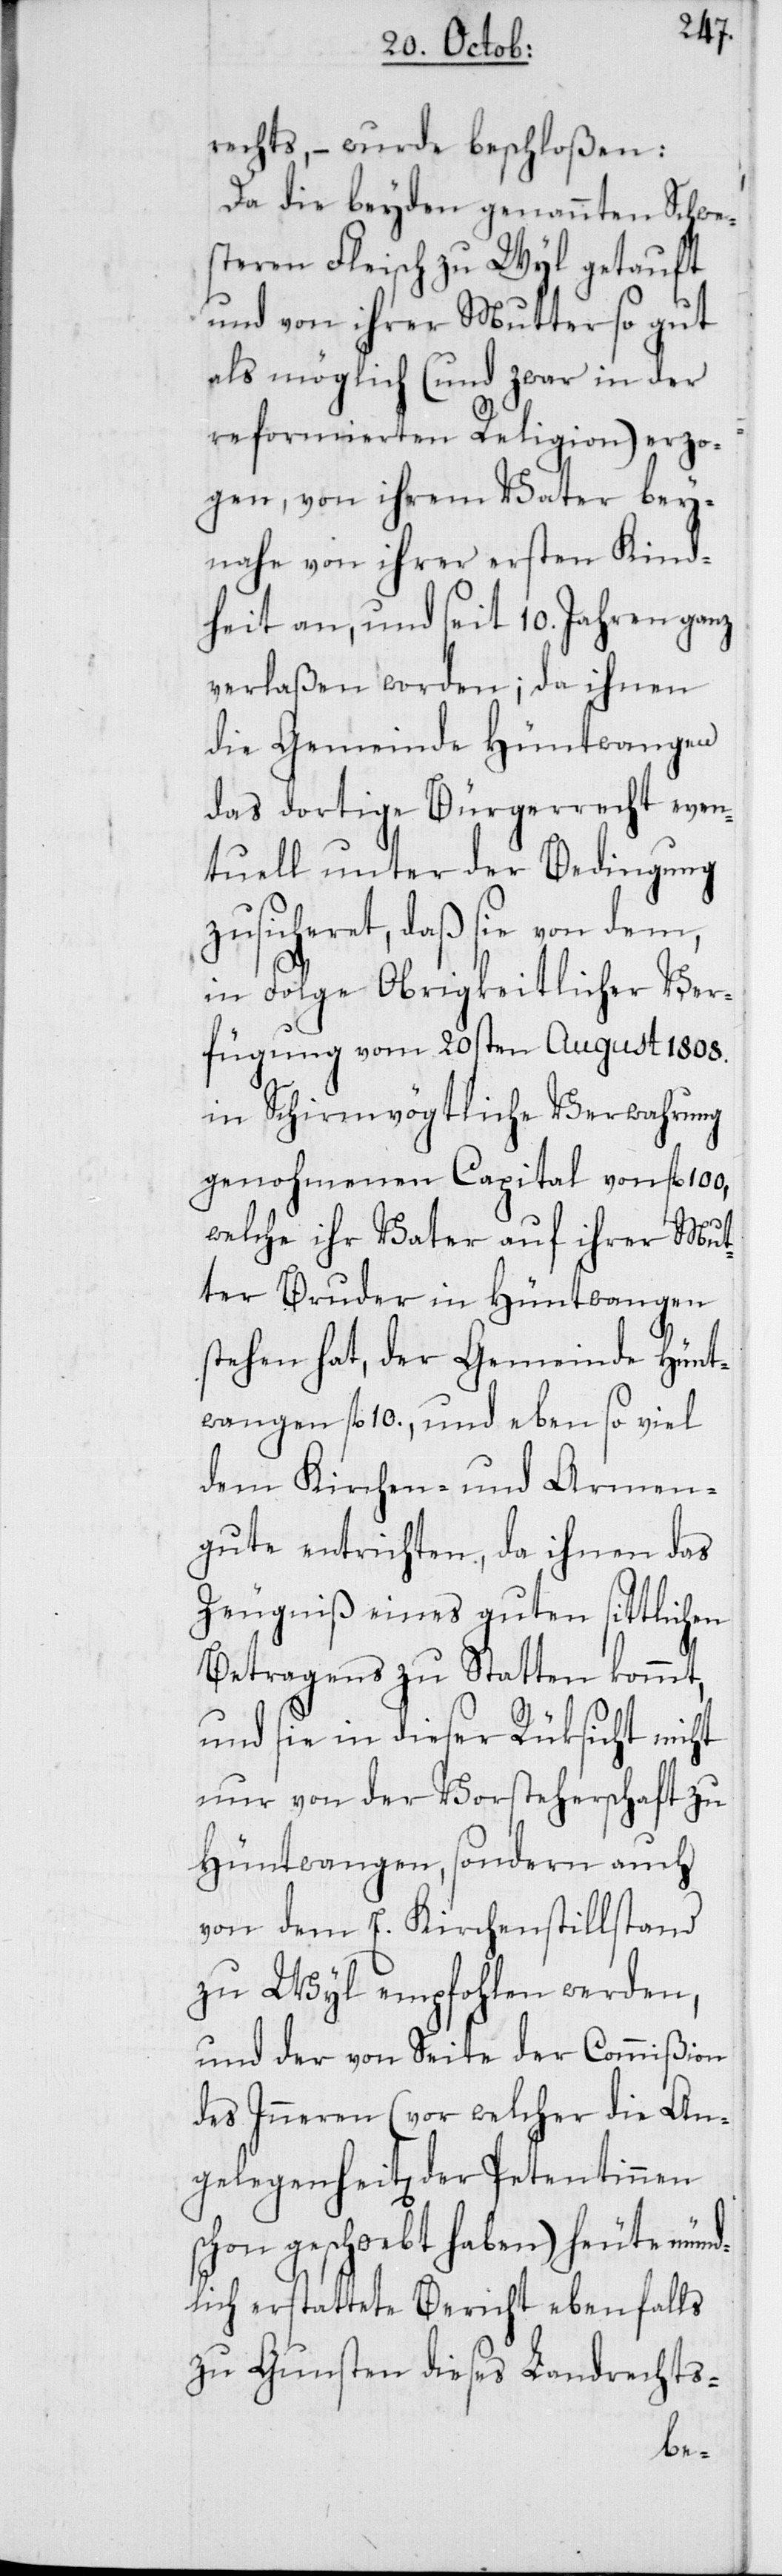
rechts, – wurde beschloßen:
Da die beyden genannten Schwe¬
steren Fleisch zu Wyl getauft
und von ihrer Mutter so gut
als möglich (und zwar in der
reformierten Religion) erzo¬
gen, von ihrem Vater bey¬
nahe von ihrer ersten Kind¬
heit an, und seit 10. Jahren ganz
verlaßen worden; da ihnen
die Gemeinde Hüntwangen
das dortige Bürgerrecht even¬
tuell unter der Bedingung
zusicheret, daß sie von dem,
in Folge Obrigkeitlicher Ver¬
fügung vom 20sten August 1808.
in Schirmvögtliche Verwahrung
genohmenen Capital von fl. 100,
welche ihr Vater auf ihrer Mut¬
ter Bruder in Hüntwangen
stehen hat, der Gemeinde Hünt¬
wangen fl. 10., und eben so viel
dem Kirchen- und Armen¬
gute entrichten, da ihnen das
Zeugniß eines guten sittlichen
Betragens zu Statten kommt,
und sie in dieser Rüksicht nicht
nur von der Vorsteherschaft zu
Hüntwangen, sondern auch
von dem E. Kirchenstillstand
zu Wyl empfohlen werden,
und der von Seite der Commißion
des Inneren (vor welcher die An¬
gelegenheit der Petentinnen
schon geschwebt haben) heute münd¬
lich erstattete Bericht ebenfalls
zu Gunsten dieses Landrechts-